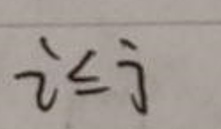
$i \leq j$